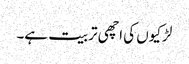
لڑکیوں کی اچھی تربیت ہے۔